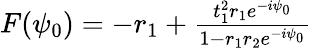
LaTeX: \begin{array}{r}{F(\psi_{0})=-r_{1}+\frac{t_{1}^{2}r_{1}e^{-i\psi_{0}}}{1-r_{1}r_{2}e^{-i\psi_{0}}}}\end{array}